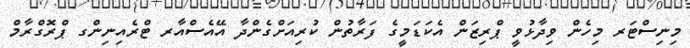
މިނިސްޓަރ މިހެން ވިދާޅުވީ ޕްރިޒަން އެކަޑަމީގެ ފަރާތުން ކުރިއަށްގެންދާ އޭއެސްއާރ ޓްރެއިނިންގ ޕްރޮގްރާމް